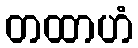
တထာဟံ